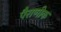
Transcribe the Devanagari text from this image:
पैराणीक